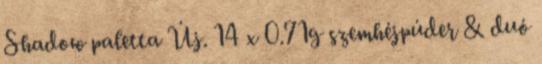
Shadow paletta Új. 14 x 0.71g szemhéjpúder & duó